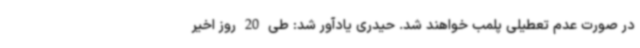
در صورت عدم تعطیلی پلمب خواهند شد. حیدری یادآور شد: طی 20 روز اخیر